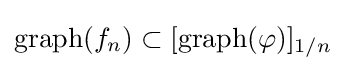
\operatorname {graph} (f_{n})\subset [\operatorname {graph} (\varphi )]_{1/n}